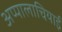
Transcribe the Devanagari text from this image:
अप्पालाचियाई